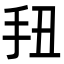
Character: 𭠖